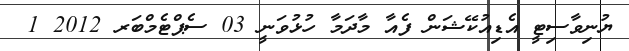
ޔުނިވާސިޓީ އެޑިއުކޭޝަން ފެއާ މާދަމާ ހުޅުވަނީ 03 ސެޕްޓެމްބަރ 2012 1